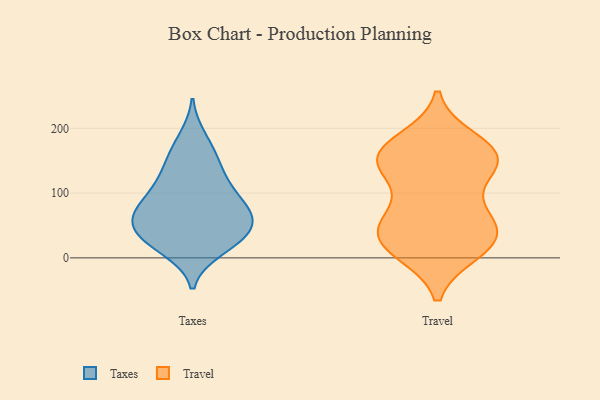
{"axis": {"x": "Churn Rate (%)", "y": "Value"}, "legend": ["Taxes", "Travel"], "data": [{"x": "", "y": 13, "type": "Taxes"}, {"x": "", "y": 110, "type": "Taxes"}, {"x": "", "y": 22, "type": "Taxes"}, {"x": "", "y": 88, "type": "Taxes"}, {"x": "", "y": 138, "type": "Taxes"}, {"x": "", "y": 140, "type": "Taxes"}, {"x": "", "y": 56, "type": "Taxes"}, {"x": "", "y": 33, "type": "Taxes"}, {"x": "", "y": 40, "type": "Taxes"}, {"x": "", "y": 62, "type": "Taxes"}, {"x": "", "y": 85, "type": "Taxes"}, {"x": "", "y": 103, "type": "Taxes"}, {"x": "", "y": 70, "type": "Taxes"}, {"x": "", "y": 164, "type": "Taxes"}, {"x": "", "y": 54, "type": "Taxes"}, {"x": "", "y": 22, "type": "Taxes"}, {"x": "", "y": 60, "type": "Taxes"}, {"x": "", "y": 185, "type": "Taxes"}, {"x": "", "y": 55, "type": "Travel"}, {"x": "", "y": 26, "type": "Travel"}, {"x": "", "y": 145, "type": "Travel"}, {"x": "", "y": 171, "type": "Travel"}, {"x": "", "y": 152, "type": "Travel"}, {"x": "", "y": 66, "type": "Travel"}, {"x": "", "y": 144, "type": "Travel"}, {"x": "", "y": 181, "type": "Travel"}, {"x": "", "y": 139, "type": "Travel"}, {"x": "", "y": 159, "type": "Travel"}, {"x": "", "y": 10, "type": "Travel"}, {"x": "", "y": 20, "type": "Travel"}, {"x": "", "y": 43, "type": "Travel"}, {"x": "", "y": 153, "type": "Travel"}, {"x": "", "y": 14, "type": "Travel"}, {"x": "", "y": 79, "type": "Travel"}, {"x": "", "y": 39, "type": "Travel"}]}